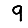
Digit: 9